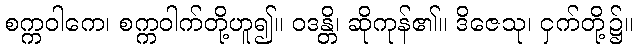
စက္ကဝါကေ၊ စက္ကဝါက်တို့ဟူ၍။ ဝဒန္တိ၊ ဆိုကုန်၏။ ဒိဇေသု၊ ငှက်တို့၌။